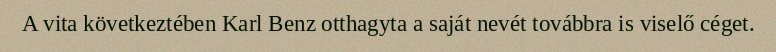
A vita következtében Karl Benz otthagyta a saját nevét továbbra is viselő céget.